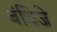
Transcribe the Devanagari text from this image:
बंधिजे